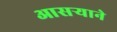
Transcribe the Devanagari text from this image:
आसऱ्याने